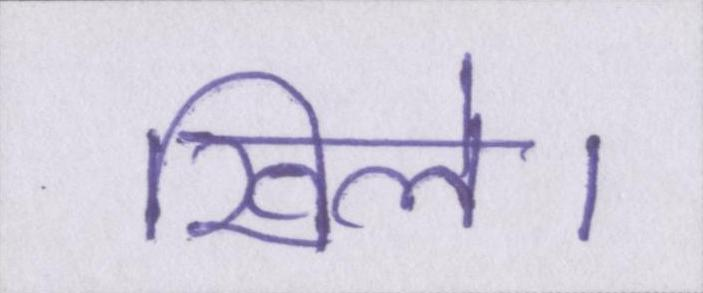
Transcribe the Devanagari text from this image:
खिले।